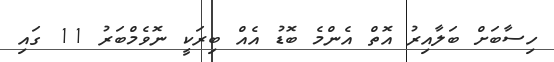
ހިސާބަށް ބަލާއިރު އޮތް އެންމެ ބޮޑު އެއް ބިރަކީ ނޮވެމްބަރު 11 ގައި